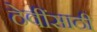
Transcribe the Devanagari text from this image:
ठेवींसाठी